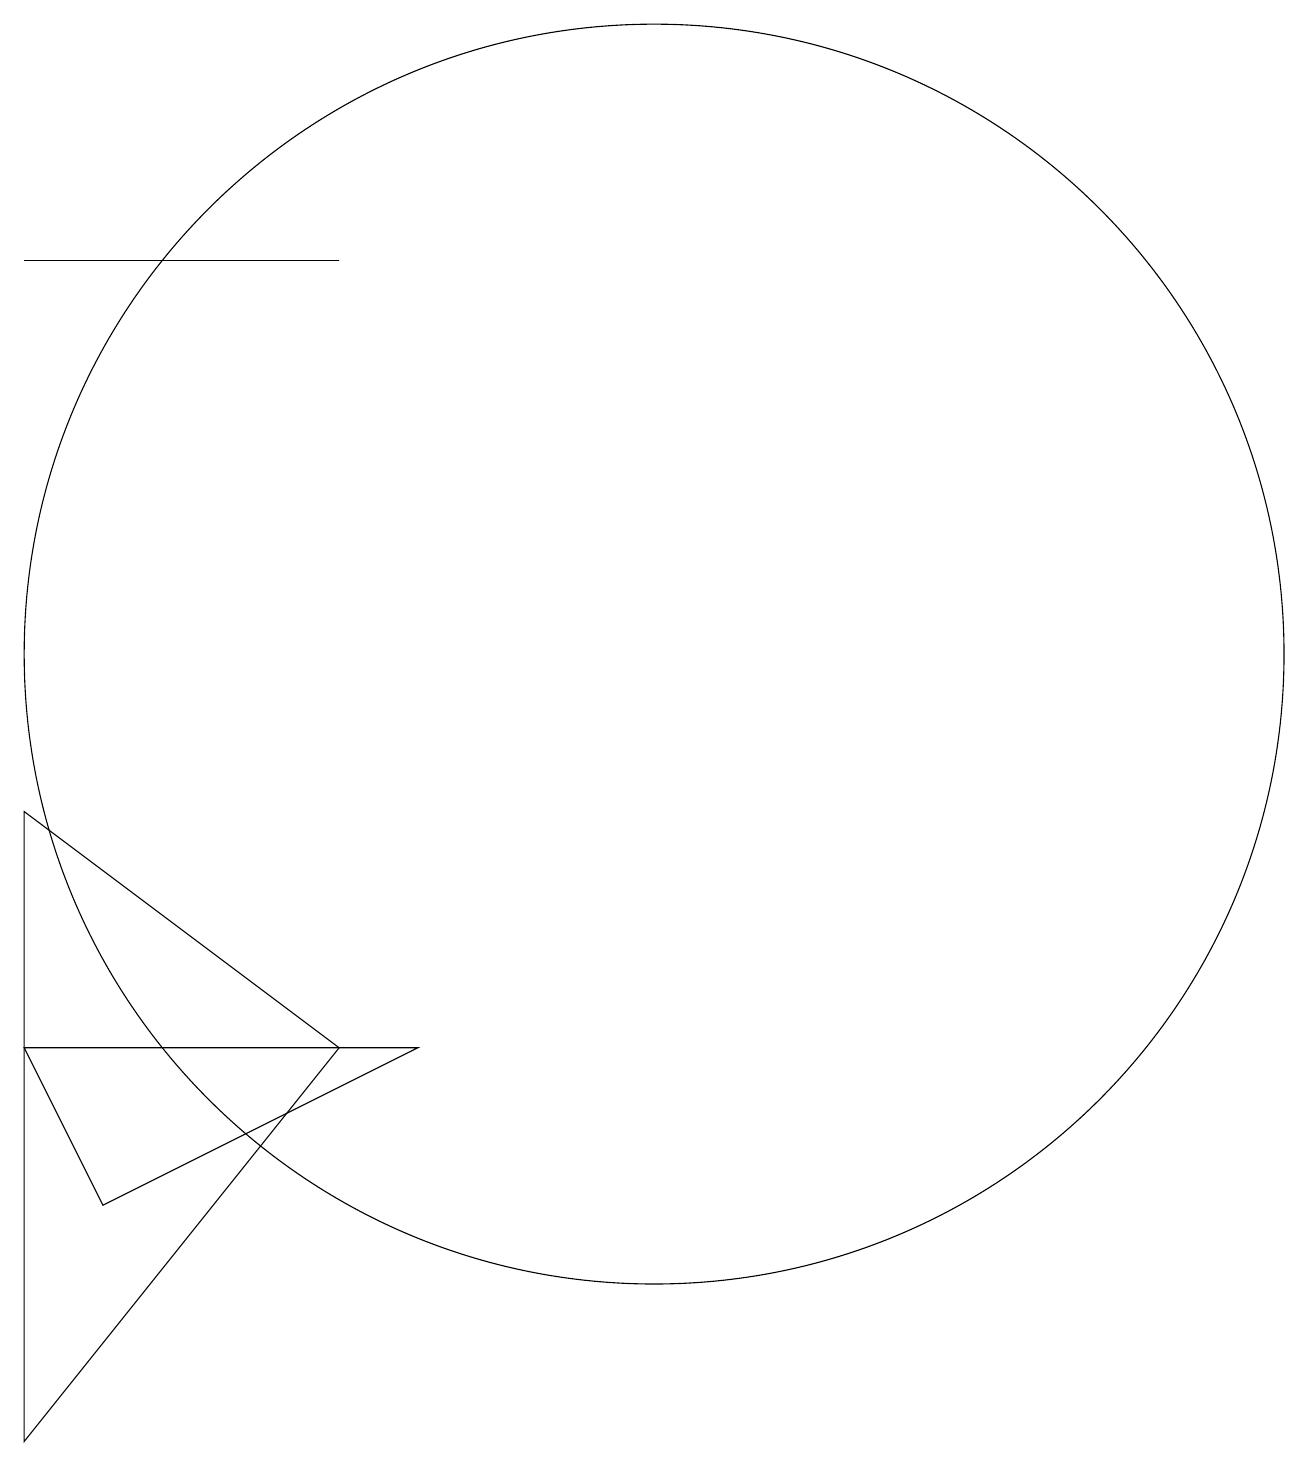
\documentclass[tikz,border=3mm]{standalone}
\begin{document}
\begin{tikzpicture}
\draw (4,1) -- (8,6) -- (4,9) -- cycle;
\draw (4,16) rectangle (8,16);
\draw (9,6) -- (5,4) -- (4,6) -- cycle;
\draw (12,11) circle (8);
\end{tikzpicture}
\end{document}